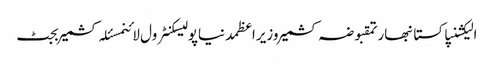
الیکشنپاکستانبھارتمقبوضہ کشمیروزیراعظمدنیاپولیسکنٹرول لائنمسئلہ کشمیربجٹ